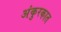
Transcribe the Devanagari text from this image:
अंकुरकात